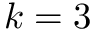
k = 3